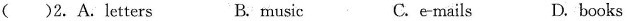
( )2.A.Letters B. music C. e-mails D. books